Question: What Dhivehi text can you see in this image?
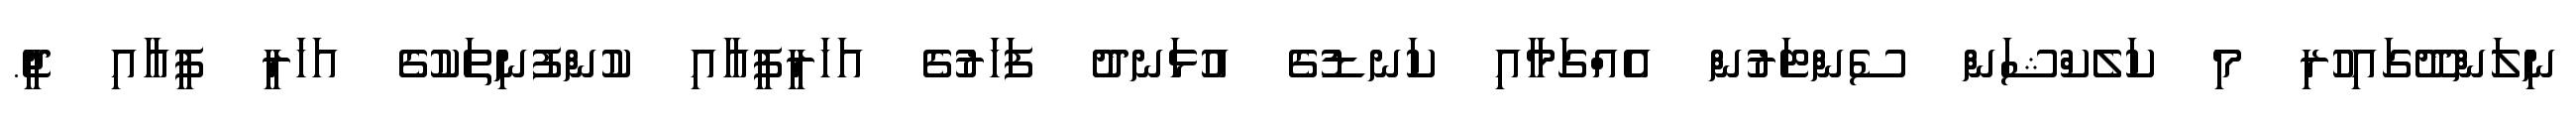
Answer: ނިލަންދޫގައިހުރި މި ކަލެކްޝަން ސެންޓަރުން އެއްގަމާއި ކަނޑުގެ އުޅަނދު ފަހަރުގެ އަހަރީފީއާއި ކުންފުނިތަކުގެ އަހަރީ ފީއާއި ޖީ.